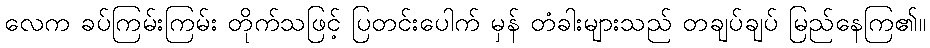
လေက ခပ်ကြမ်းကြမ်း တိုက်သဖြင့် ပြတင်းပေါက် မှန် တံခါးများသည် တချပ်ချပ် မြည်နေကြ၏။